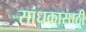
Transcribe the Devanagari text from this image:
सांधकासाठी